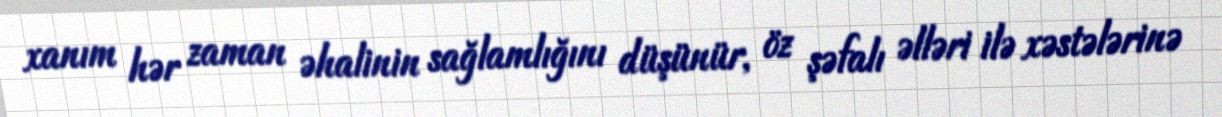
xanım hər zaman əhalinin sağlamlığını düşünür, öz şəfalı əlləri ilə xəstələrinə